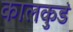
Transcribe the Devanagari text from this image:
कालकुडं